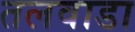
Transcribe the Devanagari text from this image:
तलवाडा